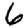
Digit: 6